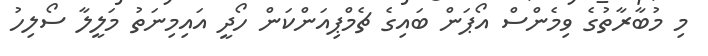
މި މުބާރާތުގެ ވިމެންސް އޯޕަން ބައިގެ ޗެމްޕިއަންކަން ހޯދީ އައިމިނަތު މަލީލާ ސޯލިހު